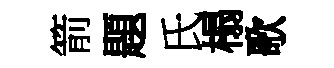
箭題氏榻歌